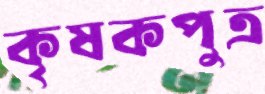
কৃষকপুত্র